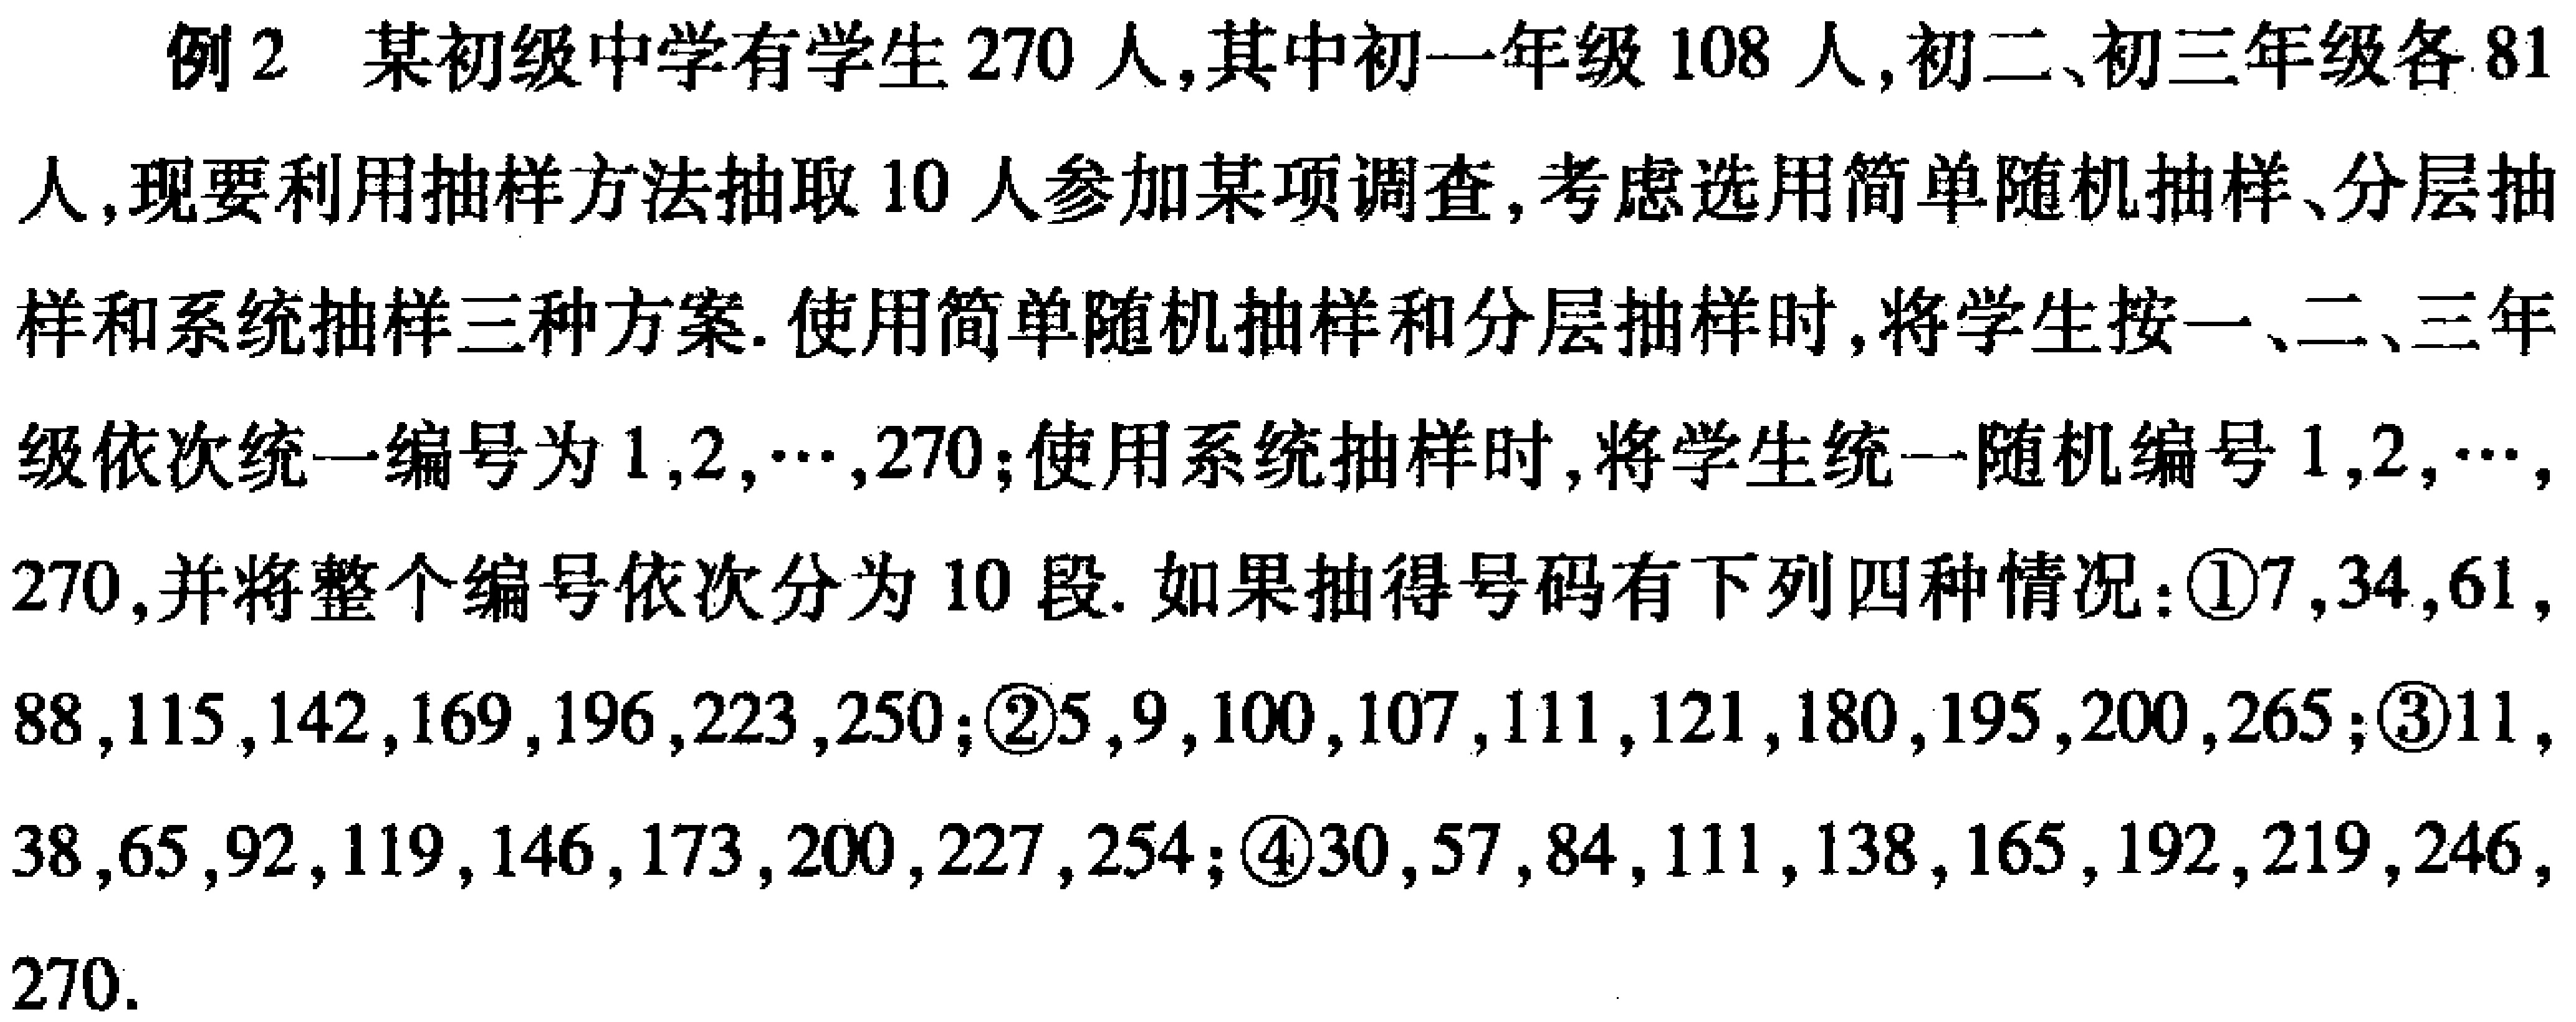
例2 某初级中学有学生270人,其中初一年级108人,初二、初三年级各81人,现要利用抽样方法抽取10人参加某项调查,考虑选用简单随机抽样、分层抽样和系统抽样三种方案. 使用简单随机抽样和分层抽样时,将学生按一、二、三年级依次统一编号为\(1,2,\cdots,270\);使用系统抽样时,将学生统一随机编号\(1,2,\cdots,270\),并将整个编号依次分为10段. 如果抽得号码有下列四种情况：\textcircled{1}\(7,34,61,88,115,142,169,196,223,250\);\textcircled{2}\(5,9,100,107,111,121,180,195,200,265\);\textcircled{3}\(11,38,65,92,119,146,173,200,227,254\);\textcircled{4}\(30,57,84,111,138,165,192,219,246,270\).